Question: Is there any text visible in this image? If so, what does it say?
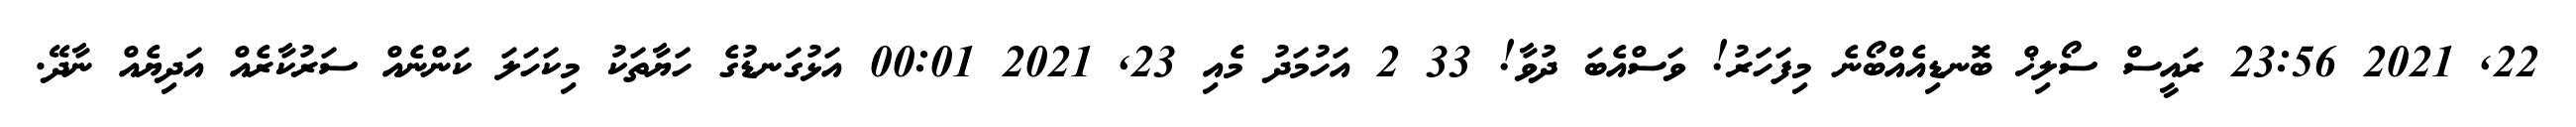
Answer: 22, 2021 23:56 ރައީސް ސޯލިޚް ބޮނޑިއެއްބޯނެ މިފަހަރު! ވަސްއެބަ ދުވާ! 33 2 އަހުމަދު މެއި 23, 2021 00:01 އަޅުގަނޑުގެ ހަޔާތަކު މިކަހަލަ ކަންނެއް ސަރުކާރެއް އަދިޔެއް ނާދޭ.